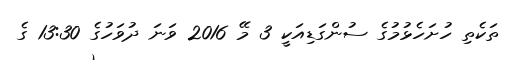
ތަކެތި ހުށަހެޅުމުގެ ސުންގަޑިއަކީ 3 މޭ 2016 ވަނަ ދުވަހުގެ 13:30 ގެ